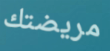
مريضتك